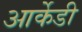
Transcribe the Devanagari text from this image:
आर्केडी